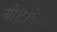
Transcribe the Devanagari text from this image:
बोटकिंस